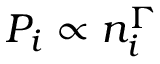
P _ { i } \propto n _ { i } ^ { \Gamma }